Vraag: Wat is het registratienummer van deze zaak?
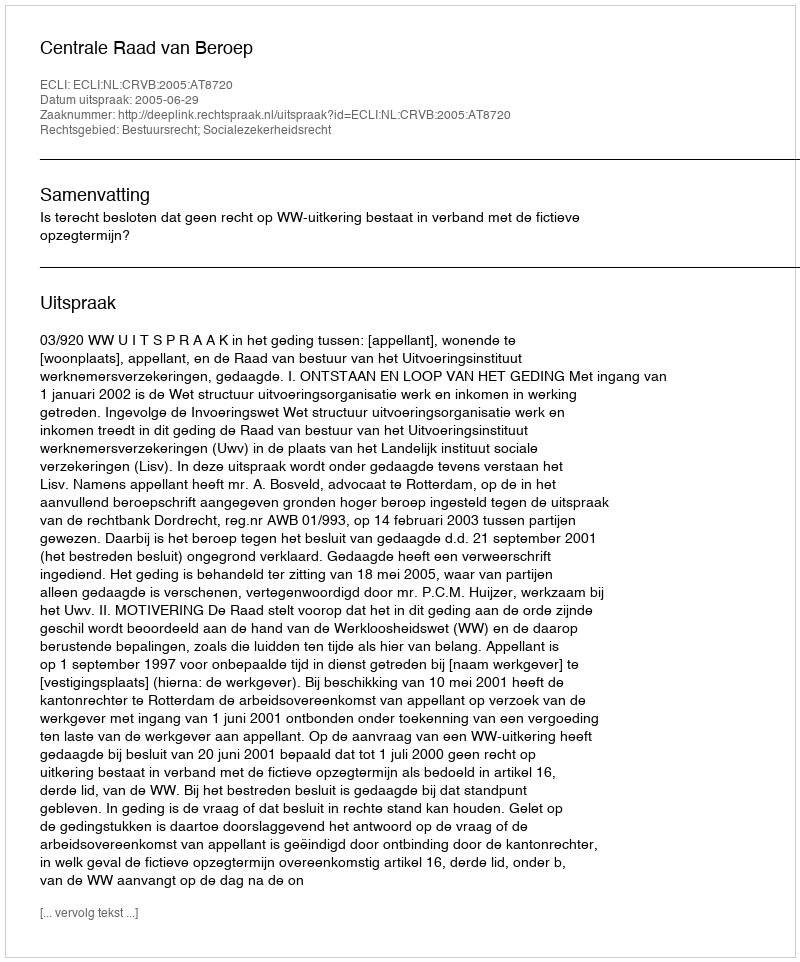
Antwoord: http://deeplink.rechtspraak.nl/uitspraak?id=ECLI:NL:CRVB:2005:AT8720